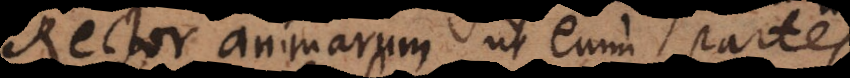
Rector animarum, ut enim partes